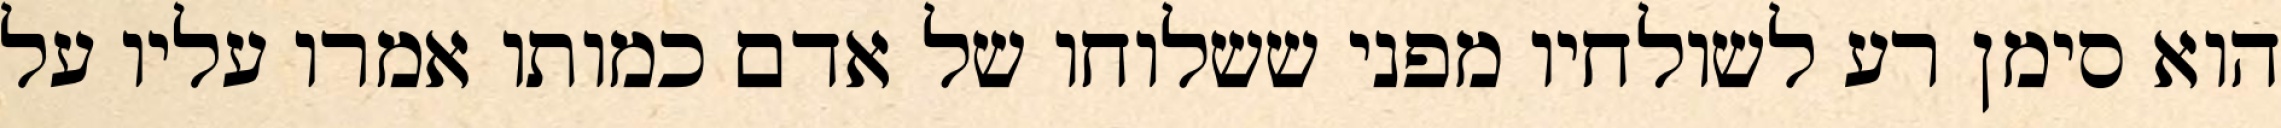
הוא סימן רע לשולחיו מפני ששלוחו של אדם כמותו אמרו עליו על